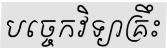
បច្ចេកវិទ្យាគ្រឹះ